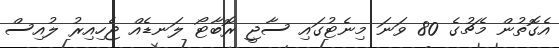
އެގޮތުން މެޗުގެ 80 ވަނަ މިނެޓުގައި ސާޖީ ރޮބާޓޯ ލަނޑެއް ޖެހިއިރު ލުއިސް